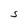
Character: S